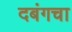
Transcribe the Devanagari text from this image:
दबंगचा